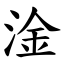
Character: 淦